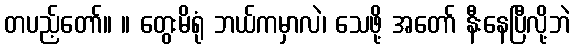
တပည့်တော်။ ။ တွေးမိရုံ ဘယ်ကမှာလဲ၊ သေဖို့ အတော် နီးနေပြီလို့ဘဲ